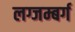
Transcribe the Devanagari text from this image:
लग्जम्बर्ग